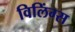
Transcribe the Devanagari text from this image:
विलिंग्स